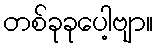
တစ်ခုခုပေါ့ဗျာ။